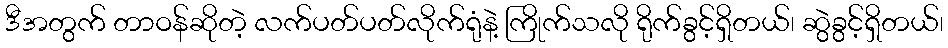
ဒီအတွက် တာဝန်ဆိုတဲ့ လက်ပတ်ပတ်လိုက်ရုံနဲ့ ကြိုက်သလို ရိုက်ခွင့်ရှိတယ်၊ ဆွဲခွင့်ရှိတယ်၊